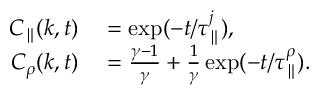
\begin{array} { r l } { C _ { \parallel } ( k , t ) } & { { } = \exp ( - t / \tau _ { \parallel } ^ { j } ) , } \\ { C _ { \rho } ( k , t ) } & { { } = \frac { \gamma - 1 } { \gamma } + \frac { 1 } { \gamma } \exp ( - t / \tau _ { \parallel } ^ { \rho } ) . } \end{array}